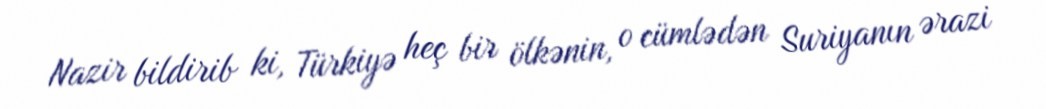
Nazir bildirib ki, Türkiyə heç bir ölkənin, o cümlədən Suriyanın ərazi